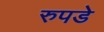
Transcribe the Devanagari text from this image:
रुपडे